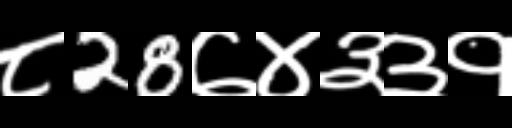
Text: ८28७४३३१